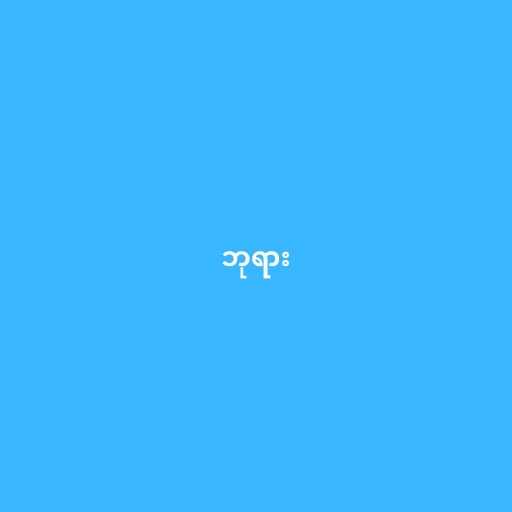
ဘုရား